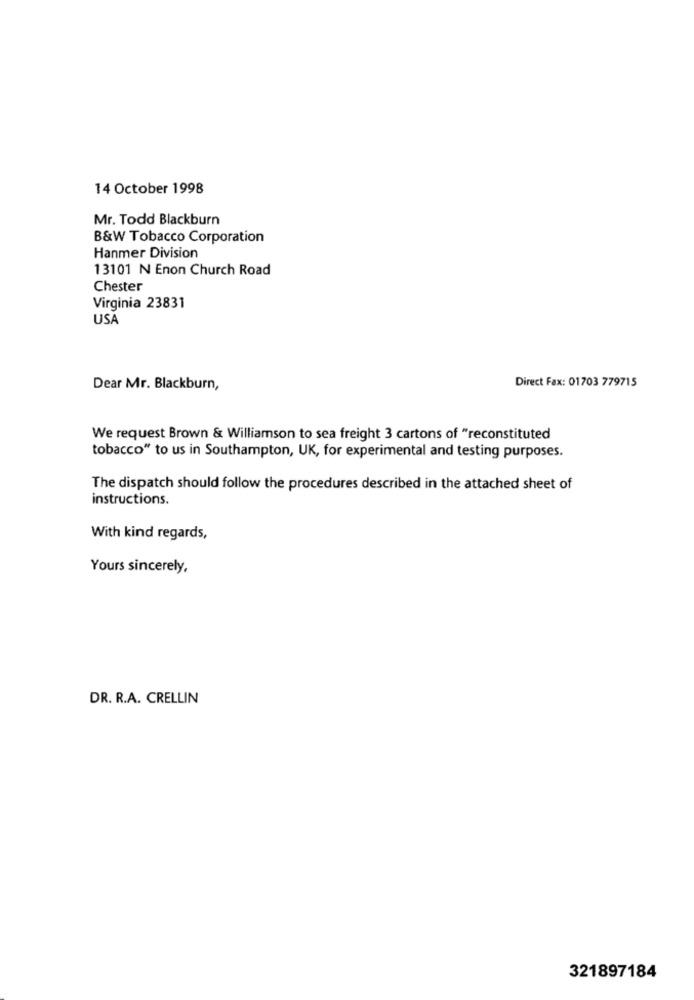
14 October 1998
Mr. Todd Blackburn
B&W Tobacco Corporation
Hanmer Division
13101 N Enon Church Road
Chester
Virginia 23831
USA
Direct Fax: 01703 779715
Dear Mr. Blackburn,
We request Brown & Williamson to sea freight 3 cartons of "reconstituted
tobacco" to us in Southampton, UK, for experimental and testing purposes.
The dispatch should follow the procedures described in the attached sheet of
instructions.
With kind regards,
Yours sincerely,
DR. R.A. CRELLIN
321897184